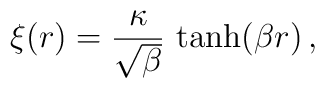
\xi(r) = \frac{\kappa}{\sqrt{\beta}}\ \mbox{tanh} (\beta r) \,,